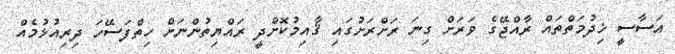
އަސާސީ ޚިދުމަތްތައް ރާއްޖޭގެ ވަރަށް ގިނަ ރަށްރަށުގައި ޤާއިމުކޮށްދީ ރައްޔިތުންނަށް ހިތްފަސޭހަ ދިރިއުޅުމެއް